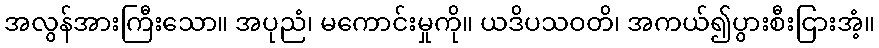
အလွန်အားကြီးသော။ အပုညံ၊ မကောင်းမှုကို။ ယဒိပသဝတိ၊ အကယ်၍ပွားစီးငြားအံ့။